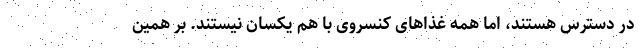
در دسترس هستند، اما همه غذاهای کنسروی با هم یکسان نیستند. بر همین